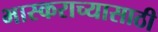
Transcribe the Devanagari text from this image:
भास्कराच्यासाठी